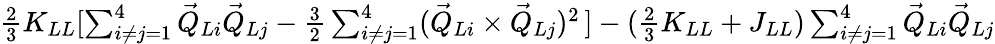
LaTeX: \begin{array}{r}{\frac{2}{3}K_{LL}[\sum_{i\neq j=1}^{4}\vec{Q}_{Li}\vec{Q}_{Lj}-\frac{3}{2}\sum_{i\neq j=1}^{4}(\vec{Q}_{Li}\times\vec{Q}_{Lj})^{2}\, ]-(\frac{2}{3}K_{LL}+J_{LL})\sum_{i\neq j=1}^{4}\vec{Q}_{Li}\vec{Q}_{Lj}}\end{array}